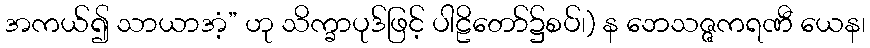
အကယ်၍ သာယာအံ့” ဟု သိက္ခာပုဒ်ဖြင့် ပါဠိတော်၌စပ်၊) န ဘေသဇ္ဇကရဏီ ယေန၊